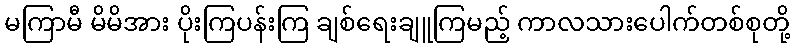
မကြာမီ မိမိအား ပိုးကြပန်းကြ ချစ်ရေးချူကြမည့် ကာလသားပေါက်တစ်စုတို့